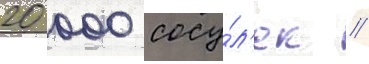
20 000 сосу́л'ек //